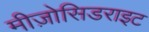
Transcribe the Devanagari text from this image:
मीज़ोसिडराइट